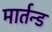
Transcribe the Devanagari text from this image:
मार्तन्ड